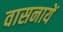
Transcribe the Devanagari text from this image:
वासनायें